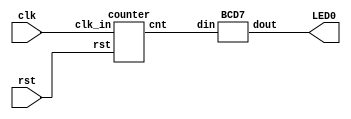
module cnt_dec2(clk,rst,LED0);
input clk;
input rst;
output [6:0] LED0;
wire [3:0] cnt;
counter U1(.clk_in(clk),.rst(rst),.cnt(cnt));
BCD7 B(.din(cnt),.dout(LED0));
endmodule

module counter(clk_in,rst,cnt);
input clk_in,rst;
output [3:0] cnt;
wire [3:0] cnt;
Dfff dff1(.clk(clk_in),.rst(rst),.q(cnt[0]));
Dfff dff2(.clk(~cnt[0]),.rst(rst),.q(cnt[1]));
Dfff dff3(.clk(~cnt[1]),.rst(rst),.q(cnt[2]));
Dfff dff4(.clk(~cnt[2]),.rst(rst),.q(cnt[3]));
endmodule

module Dfff(clk,rst,q);
input clk,rst;
output q;
reg q;
always @(negedge rst or posedge clk)
begin
	if(~rst)
		q <= 0;
	else begin
		q <= ~q;
	end
end
endmodule

module BCD7(
    din,
    dout
);
input   [3:0]   din;
output  [6:0]   dout;

assign  dout=(din==4'h0)?7'b1000000:
             (din==4'h1)?7'b1111001:
             (din==4'h2)?7'b0100100:
             (din==4'h3)?7'b0110000:
             (din==4'h4)?7'b0011001:
             (din==4'h5)?7'b0010010:
             (din==4'h6)?7'b0000010:
             (din==4'h7)?7'b1111000:
             (din==4'h8)?7'b0000000:
             (din==4'h9)?7'b0010000:
             (din==4'hA)?7'b0001000:
             (din==4'hB)?7'b0000011:
             (din==4'hC)?7'b1000110:
             (din==4'hD)?7'b0100001:
             (din==4'hE)?7'b0000110:
             (din==4'hF)?7'b0001110:7'b0;
endmodule